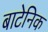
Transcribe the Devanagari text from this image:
बाटेनिक